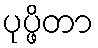
ပုပ္ဖိတာ